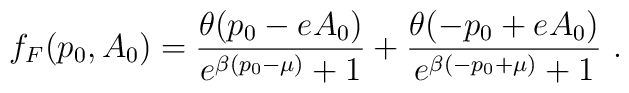
f_F(p_0,A_0)=\frac{\theta(p_0-eA_0)}{e^{\beta(p_0-\mu)}+1}+        \frac{\theta(-p_0+eA_0)}{e^{\beta(-p_0+\mu)}+1}\ .